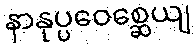
နာနုပ္ပဝေစ္ဆေယျ